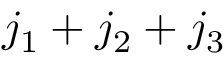
{ j _ { 1 } + j _ { 2 } + j _ { 3 } }